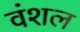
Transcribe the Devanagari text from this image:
वंशल